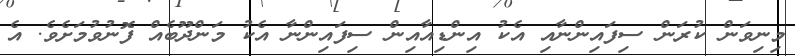
މިނިވަން ކުރަން ސިފައިންްނާއި އެކު އިންޑިއާއިން ސިފައިންނާ އެކު މަންދޫބެއް ފޮނުވުމަށެވެ. އެ